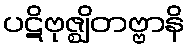
ပဋိဗုဇ္ဈိတဗ္ဗာနိ